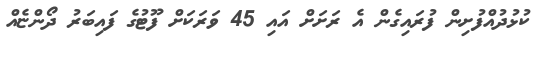
ކުޅުދުއްފުށިން ފުރައިގެން އެ ރަށަށް އައި 45 ވަރަކަށް ފޫޓުގެ ފައިބަރު ދޯންޏެއް